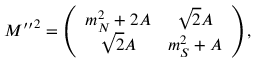
{ M ^ { \prime \prime } } ^ { 2 } = \left( \begin{array} { c c } { { m _ { N } ^ { 2 } + 2 A } } & { { \sqrt { 2 } A } } \\ { { \sqrt { 2 } A } } & { { m _ { S } ^ { 2 } + A } } \end{array} \right) ,